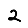
Digit: 2